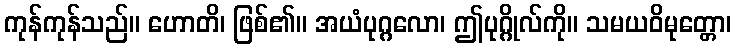
ကုန်ကုန်သည်။ ဟောတိ၊ ဖြစ်၏။ အယံပုဂ္ဂလော၊ ဤပုဂ္ဂိုလ်ကို။ သမယဝိမုတ္တော၊